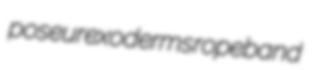
poseur exoderms ropeband